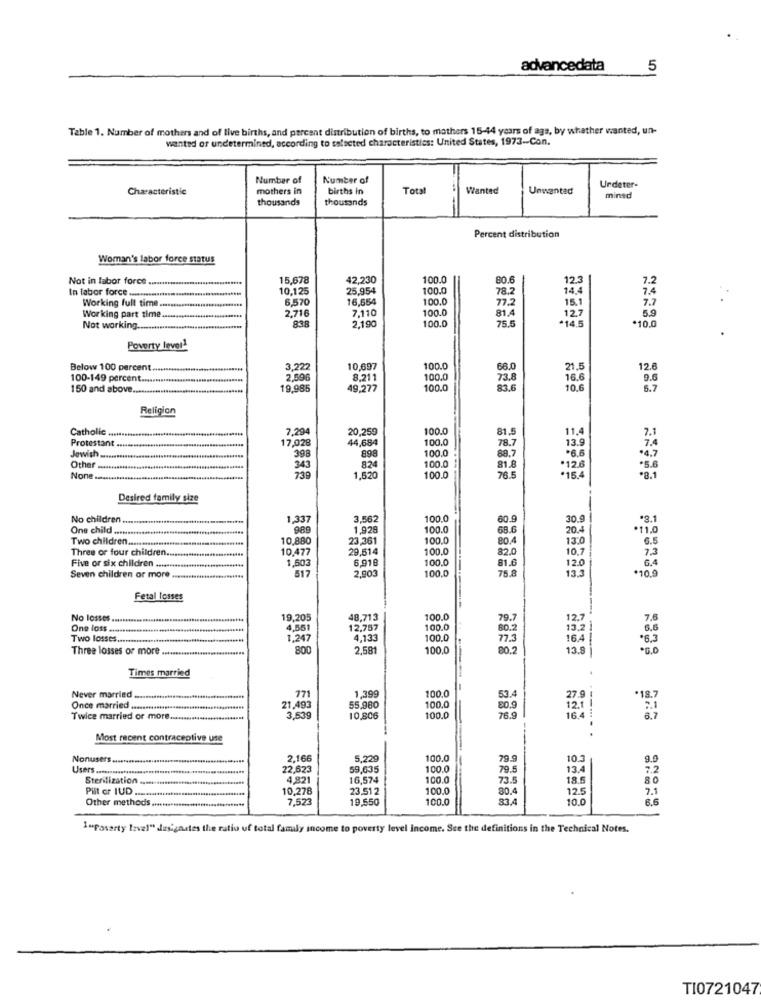
advancedata
5
Table 1. Number of mothers and of live births, and percent distribution of births, to mothers 15-44 years of age, by whether wanted, un-
wanted or undetermined, according to selected characteristics: United States, 1973 -- Con.
Number of
Number of
Characteristic
mothers in
births in
Total
Wanted
Unwanted
Urdeter
thousands
thousands
mintd
Percent distribution
Woman's labor force status
Not in labor force
15,678
42,230
100.0
80.6
12.3
7.2
In labor force .......
10,125
25,954
100.0
78.2
14.4
7.4
Working full time ..
6,570
16,654
100.0
77.2
15.1
7.7
2.716
7,110
100.0
81,4
5.9
Working part time ..
100.0
12.7
+14.5
Not working.
838
2,19
75.5
*10.0
Poverty lever1
Below 100 percent
10,697
100.0
66.0
21.5
12.
100-149 percent ...
2,696
8.211
100.0
73.8
16.6
9.6
150 and above ..
19.985
49.277
100.0
83.6
10.6
5.7
Religion
Catholic.
7,294
20,259
100.0
81.5
11.4
7.1
Protestant .
17,028
44,684
100.0
78.7
13.9
7.4
100.0
Jewish.
398
898
100.0
88.7
*6.6
*4.7
Other ...
343
230
824
81.8
*12.6
*5.6
None ....
1.520
100.0
76.5
.15.4
*8.1
Desired family size
No children.
1,337
3,562
100.0
60.9
30.9
*8.1
One child ....
989
1.929
100.0
68.6
20.4
*11.0
Two children ..
10,880
23,36
100.0
80.4
13:0
6.5
Three or four children.
10,477
29,514
100.0
82.0
10.7
7.3
1,503
6,918
100.0
81.6
6.4
Five or six children .....
2,903
75.8
12.0
13.3
*10,9
Seven children or more
517
100.0
Fetal losses
No losses
19,205
48,713
100.0
79.7
12,7
7.6
One loss ...
4,551
12,757
100.0
13.2 |
6.6
Two losses ...
1.247
4,133
100.0
16.4
*6.3
Three losses or more .
800
2.58
100.0
80.2
13.9
.
Times married
100.0
--
Never married.
771
1,399
53.4
27.9
*18.7
Once married ..
21,493
55,980
100.0
80.9
12.7
Twice married or more.
3,539
10.806
100.0
76.9
16.4 :
..
Most recent contraceptive use
Nonusers
2,166
5.229
100.0
79.9
10.3
9.0
Users .......
22,623
59,635
100.0
79.5
13.4
7.2
Sterilization.
4.821
16,574
100.0
73.5
18.5
80
10,278
23.51 2
100.0
80.4
12.5
7.1
Other methods ..
Pilt or IUD .....
7,52
19.550
100.0
33.4
10.0
6.6
1"poverty level" dusigastes the ratio uf total family income to poverty level Income. See the definitions in the Technical Notes.
TI0721047